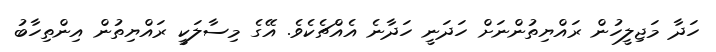
ހަދާ މަޖިލީހުން ރައްޔިތުންނަށް ހަދަނީ ހަދާނެ އެއްޗެކެވެ. އޭގެ މިސާލަކީ ރައްޔިތުން އިންތިހާބު